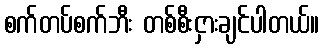
စက်တပ်စက်ဘီး တစ်စီးငှားချင်ပါတယ်။